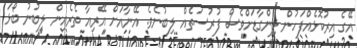
އޭގެ އިރުކޮޅެއްފަހުން ލިންގާޑަށްވެސް ފުރުސަތެއް ލިބުނެވެ. އޭނާއަށް އޭރިއާ ތެރެއިން ލިބުނު ބޯޅަ